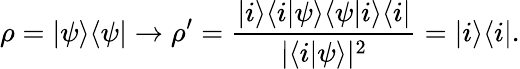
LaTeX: \rho=|\psi\rangle\langle\psi|\to\rho^{\prime}={\frac{|i\rangle\langle i|\psi\rangle\langle\psi|i\rangle\langle i|}{|\langle i|\psi\rangle|^{2}}}=|i\rangle\langle i|.